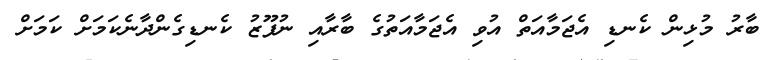
ބާރު މުޅިން ކެނޑި އެޖަމާއަތް އުވި އެޖަމާއަތުގެ ބާރާއި ނުފޫޒު ކެނޑިގެންދާނެކަމަށް ކަމަށް